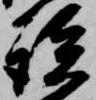
談